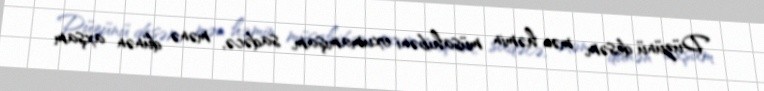
Düzünü desəm, mən həmin müsahibəni oxumamışam, sadəcə, mənə dünən axşam